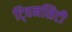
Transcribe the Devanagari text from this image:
टि्वनसिटी